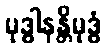
မုဒ္ဓါနန္တိမုဒ္ဓံ